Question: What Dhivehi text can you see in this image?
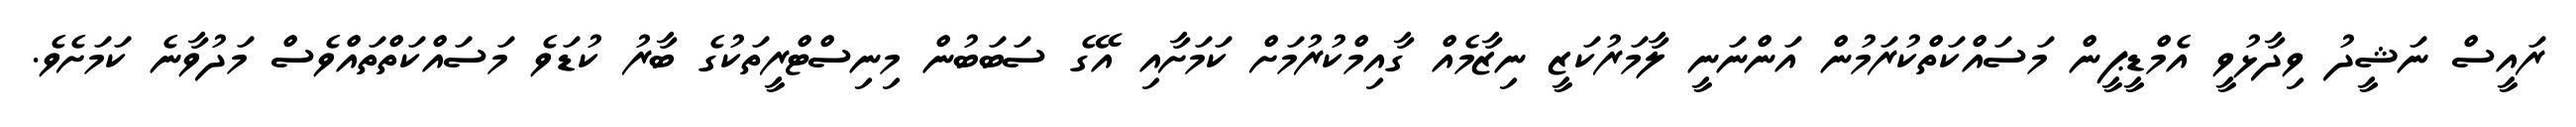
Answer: ރައީސް ނަޝީދު ވިދާޅުވީ އެމްޑީޕީން މަސައްކަތްކުރަމުން އަންނަނީ ލާމަރުކަޒީ ނިޒާމެއް ގާއިމްކުރުމަށް ކަމަށާއި އޭގެ ސަބަބުން މިނިސްޓްރީތަކުގެ ބާރު ކުޑަވެ މަސައްކަތްތައްވެސް މަދުވާނެ ކަމަށެވެ.